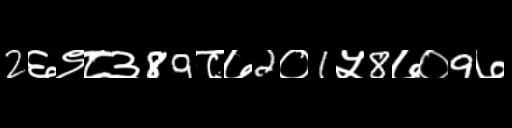
Text: 2६९८३89८७2०1५8७०9७